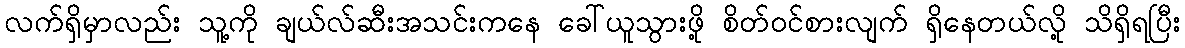
လက်ရှိမှာလည်း သူ့ကို ချယ်လ်ဆီးအသင်းကနေ ခေါ်ယူသွားဖို့ စိတ်ဝင်စားလျက် ရှိနေတယ်လို့ သိရှိရပြီး